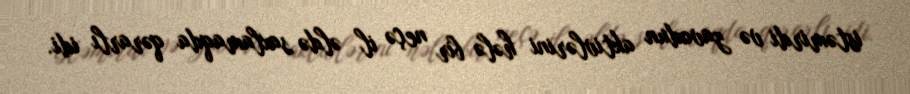
istəmirdi və zavodun aktivlərini hələ bir neçə il əldə saxlamaqda qərarlı idi.